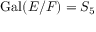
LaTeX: \operatorname { G a l } ( E / F ) = S _ { 5 }